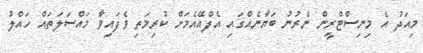
މިއަދު އެ މިނިސްޓްރީން ނެރުނު ބަޔާނެއްގައި އެފްއޭއެމަށް ކުރިމަތި ވެފައިވާ މައްސަލަތައް ހައްލު